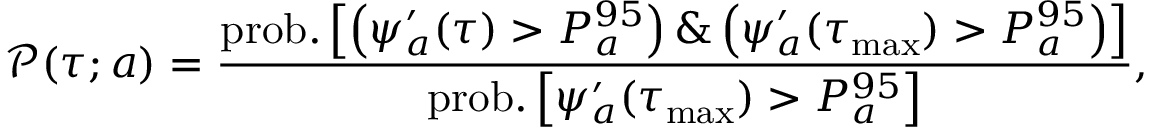
\mathcal { P } ( \tau ; a ) = \frac { \mathrm { p r o b . } \left[ \left( \psi _ { a } ^ { \prime } ( \tau ) > P _ { a } ^ { 9 5 } \right) \& \left( \psi _ { a } ^ { \prime } ( \tau _ { \operatorname* { m a x } } ) > P _ { a } ^ { 9 5 } \right) \right] } { \mathrm { p r o b . } \left[ \psi _ { a } ^ { \prime } ( \tau _ { \operatorname* { m a x } } ) > P _ { a } ^ { 9 5 } \right] } ,